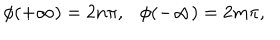
LaTeX: \phi ( + \infty ) = 2 n \pi , \ \ \ \phi ( - \infty ) = 2 m \pi ,